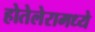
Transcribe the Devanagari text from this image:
होतेलेरामध्ये